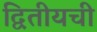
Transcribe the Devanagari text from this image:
द्वितीयची